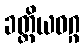
ခတ္တိယဝဂ္ဂ